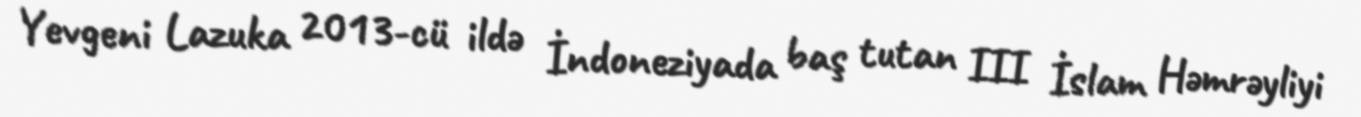
Yevgeni Lazuka 2013-cü ildə İndoneziyada baş tutan III İslam Həmrəyliyi